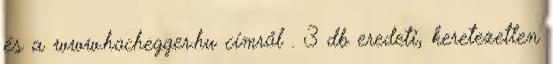
és a www.hochegger.hu címről . 3 db eredeti, keretezetlen